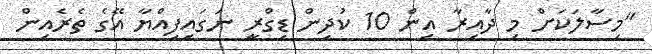
"މިސާލަކަށް މި ދާއިރާ އިން 10 ކުދިން ޑިގްރީ ނަގައިފިއްޔާ އޭގެ ތެރެއިން